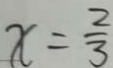
x = \frac { 2 } { 3 }